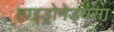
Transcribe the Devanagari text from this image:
हाइड्रोमेड्यूसा